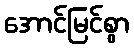
အောင်မြင်စွာ